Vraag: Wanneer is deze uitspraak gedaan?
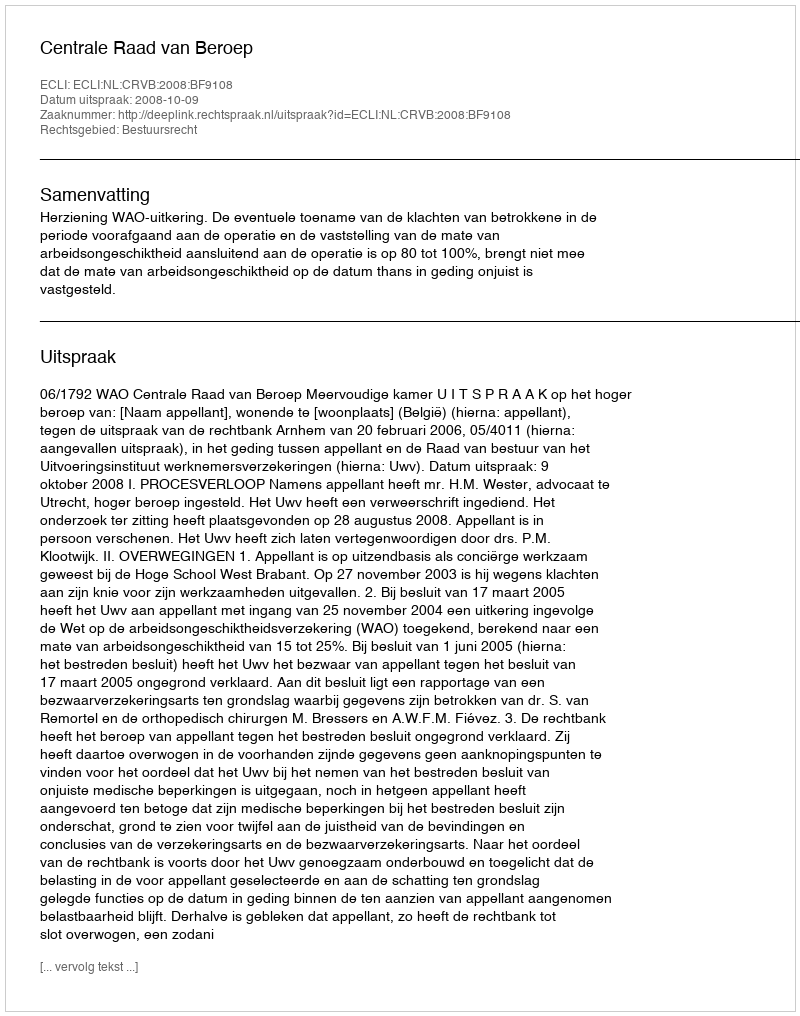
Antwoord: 2008-10-09